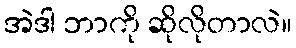
အဲဒါ ဘာကို ဆိုလိုတာလဲ။